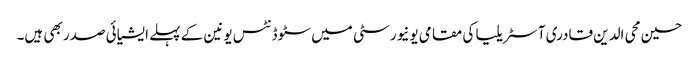
حسین محی الدین قادری آسٹریلیا کی مقامی یونیورسٹی میں سٹوڈنٹس یونین کے پہلے ایشیائی صدر بھی ہیں۔